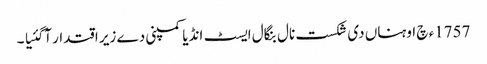
1757ء چ اوہناں دی شکست نال بنگال ایسٹ انڈیا کمپنی دے زیر اقتدار آگئیا ۔